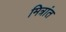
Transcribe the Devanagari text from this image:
मित्रांत